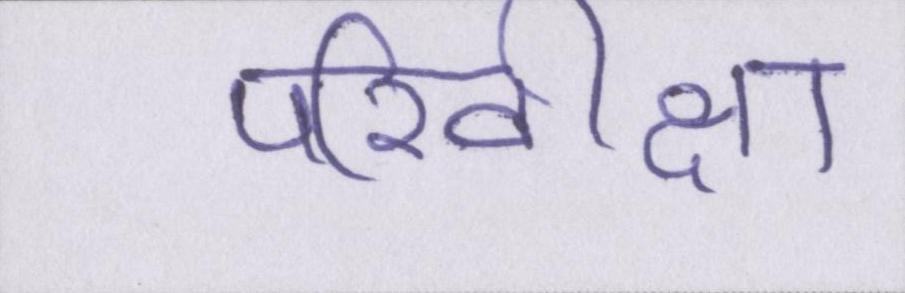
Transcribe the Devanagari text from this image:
परिवीक्षा